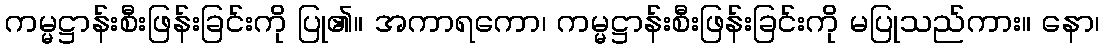
ကမ္မဋ္ဌာန်းစီးဖြန်းခြင်းကို ပြု၏။ အကာရကော၊ ကမ္မဋ္ဌာန်းစီးဖြန်းခြင်းကို မပြုသည်ကား။ နော၊